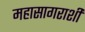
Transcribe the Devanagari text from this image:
महासागराशी